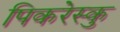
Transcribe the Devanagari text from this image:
पिकरेस्कु